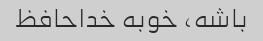
باشه، خوبه خداحافظ